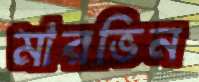
মারভিন